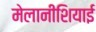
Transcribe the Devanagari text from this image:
मेलानीशियाई